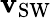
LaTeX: \mathbf{v}_{\textrm{{SW}}}